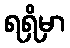
ရရှိမှာ